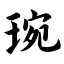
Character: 琬